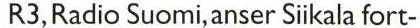
R3, Radio Suomi, anser Siikala fort-